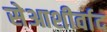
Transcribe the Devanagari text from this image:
सेआशीर्वाद